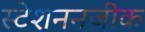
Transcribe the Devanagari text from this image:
स्टेशननजीक